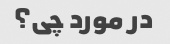
در مورد چی؟